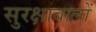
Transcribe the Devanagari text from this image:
सुरक्षाबालों